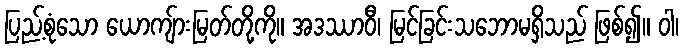
ပြည့်စုံသော ယောကျ်ားမြတ်တို့ကို။ အဒဿာဝီ၊ မြင်ခြင်းသဘောမရှိသည် ဖြစ်၍။ ဝါ၊